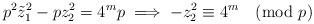
LaTeX: \begin{align*} p^{2} \Tilde{z}_{1}^{2} - pz_{2}^{2} = 4^{m}p \implies -z_{2}^{2} \equiv 4^{m} \pmod p\end{align*}